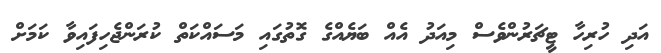
އަދި ހުރިހާ ޓީޗަރުންވެސް މިއަދު އެއް ބަޔެއްގެ ގޮތުގައި މަސައްކަތް ކުރަންޖެހިފައިވާ ކަމަށް